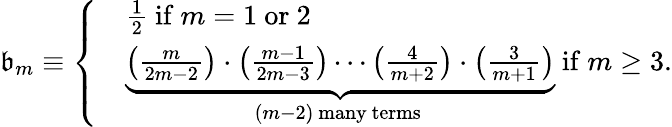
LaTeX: \mathfrak{b}_{m}\equiv\left\{ \begin{array}{ll}&{\frac{1}{2}\mathrm{~if~}m=1\mathrm{~or~}2}\\ &{\underbrace{\left(\frac{m}{2m-2}\right)\cdot\left(\frac{m-1}{2m-3}\right)\cdots\left(\frac{4}{m+2}\right)\cdot\left(\frac{3}{m+1}\right)}_{(m-2)\mathrm{~many~terms~}}\mathrm{~if~}m\geq 3}\end{array}\right..